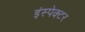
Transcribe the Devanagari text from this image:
इंस्‍पेक्‍टर